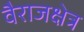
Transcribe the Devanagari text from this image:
वैराजक्षेत्र